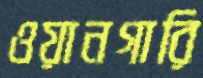
ওয়ানগারি